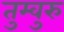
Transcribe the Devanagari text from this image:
तुम्वुरु